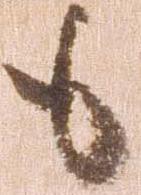
も